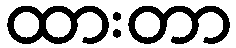
ထားတာ